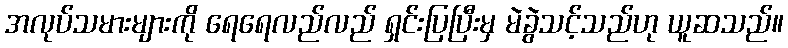
အလုပ်သမားများကို ရေရေလည်လည် ရှင်းပြပြီးမှ မဲခွဲသင့်သည်ဟု ယူဆသည်။